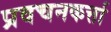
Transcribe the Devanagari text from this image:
प्रवचनकर्त्ता